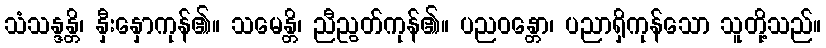
သံသန္ဒန္တိ၊ နှီးနှောကုန်၏။ သမေန္တိ၊ ညီညွတ်ကုန်၏။ ပညဝန္တော၊ ပညာရှိကုန်သော သူတို့သည်။